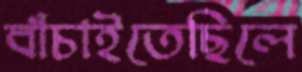
বাঁচাইতেছিলে